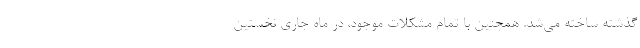
گذشته ساخته می‌شد. همچنین با تمام مشکلات موجود، در ماه جاری نخستین